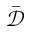
\bar { \mathcal D }